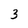
Character: 3